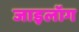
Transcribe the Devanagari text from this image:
जाइलॉग